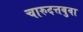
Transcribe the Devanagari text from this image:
चारुदत्तबुवा